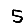
Digit: 5